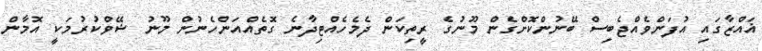
ޣައްޒާގައި އުފަންވެއްޖެބިސް ބޭނުންކޮށްގެން މޫނުގެ ރީތިކަން ދެމެހެއްޓިދާނެ ގޮތެއްއަންހެނުން މޫނު ޝޭވްކުރުމަކީ އޮމާން